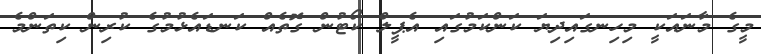
މީގެ މާނައަކީ މިހިނގައިދިޔަ ކަންކަމުގައި އެޕީލް ކޯޓުން ގޮތެއް ކަނޑައެޅުމުގެ ކުރިން ކިތަންމެ